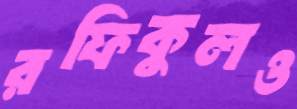
রফিকুলও